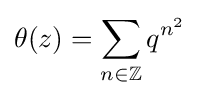
\theta (z)=\sum _{n\in \mathbb {Z} }q^{n^{2}}